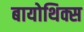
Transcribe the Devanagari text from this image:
बायोथिक्स